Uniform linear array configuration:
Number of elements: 4
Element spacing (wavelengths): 0.75
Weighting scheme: cosine
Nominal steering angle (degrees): -15
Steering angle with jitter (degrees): -13.436
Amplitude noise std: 0.05
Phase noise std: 0.05

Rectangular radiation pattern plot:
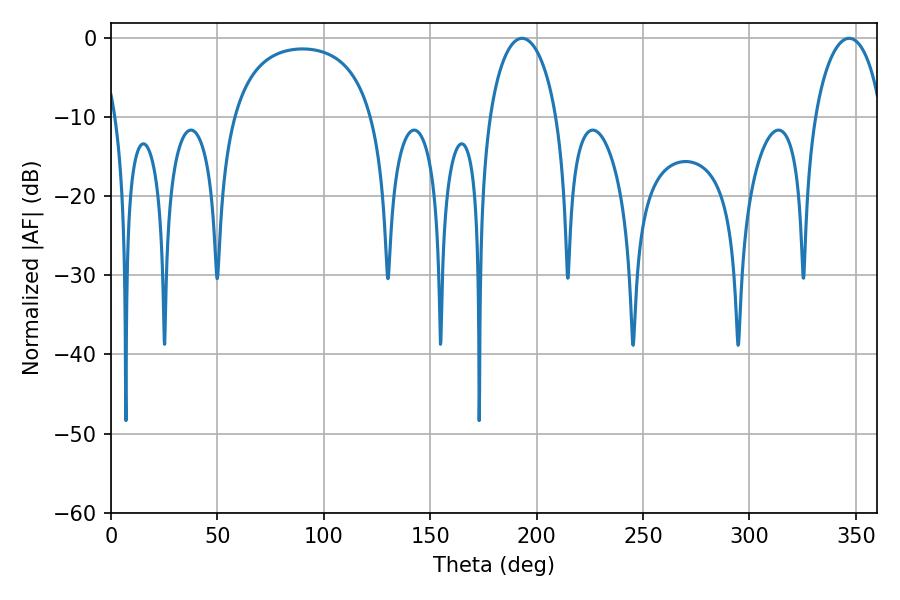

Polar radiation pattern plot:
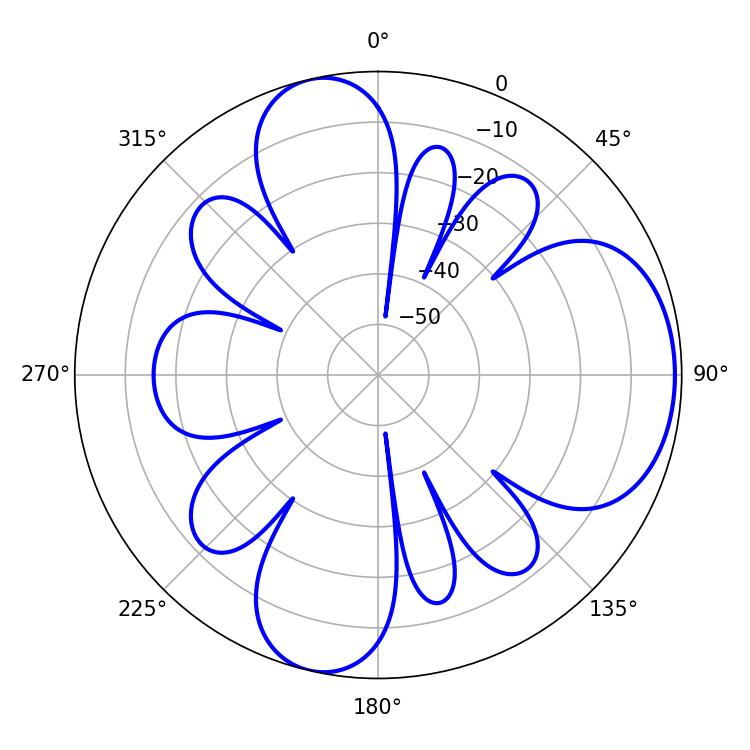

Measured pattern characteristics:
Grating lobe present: TRUE
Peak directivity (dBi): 7.227
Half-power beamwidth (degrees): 18.18
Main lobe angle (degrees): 193.14